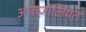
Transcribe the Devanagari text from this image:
अफज़ालियत